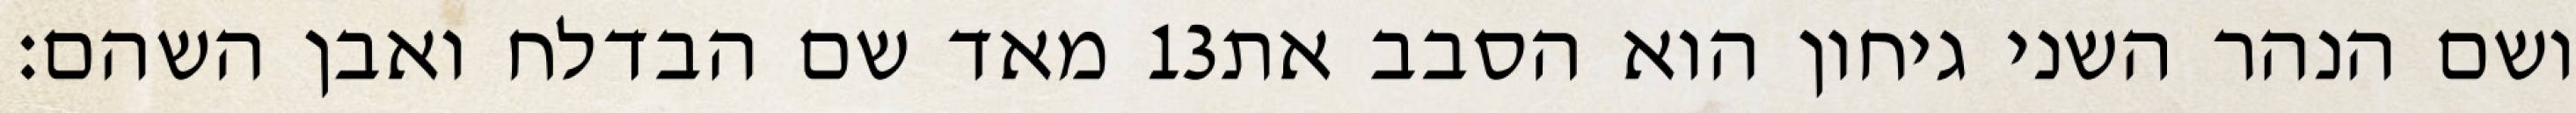
מאד שם הבדלח ואבן השהם׃ ‎13‏ ושם הנהר השני גיחון הוא הסבב את